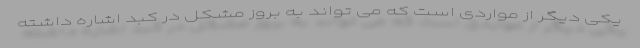
یکی دیگر از مواردی است که می تواند به بروز مشکل در کبد اشاره داشته